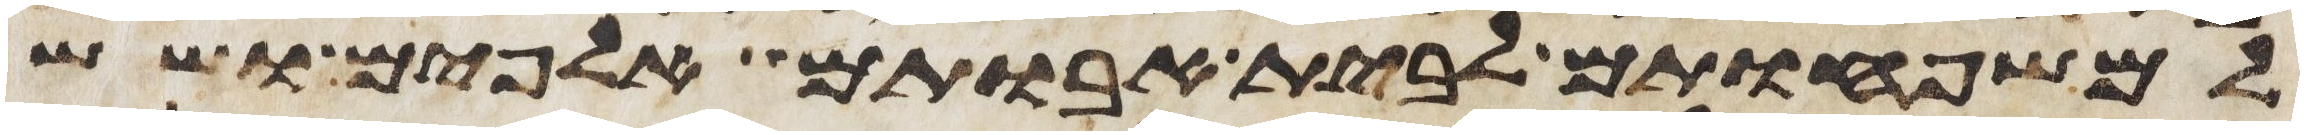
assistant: למשפחותם לבית אבותם אלפים ושש